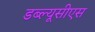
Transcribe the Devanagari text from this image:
डब्ल्यूसीएस